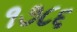
૧૭૮૬